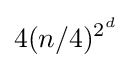
4(n/4)^{2^{d}}